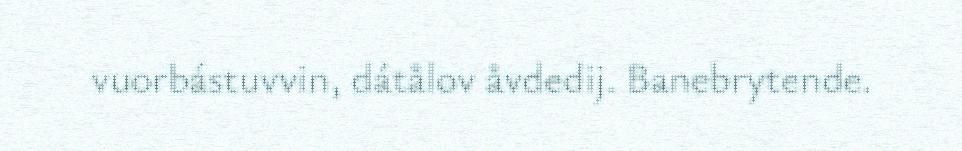
vuorbástuvvin, dátålov åvdedij. Banebrytende.